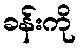
ခန်းကို